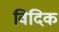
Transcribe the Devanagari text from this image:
विदिक